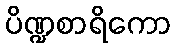
ပိဏ္ဍစာရိကော